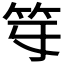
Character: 𥫻